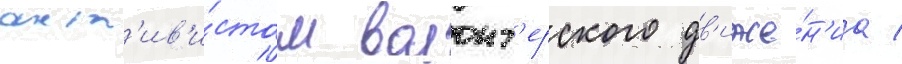
акт'ив'и́стом волонт'ерского дв'иже́н'иа /